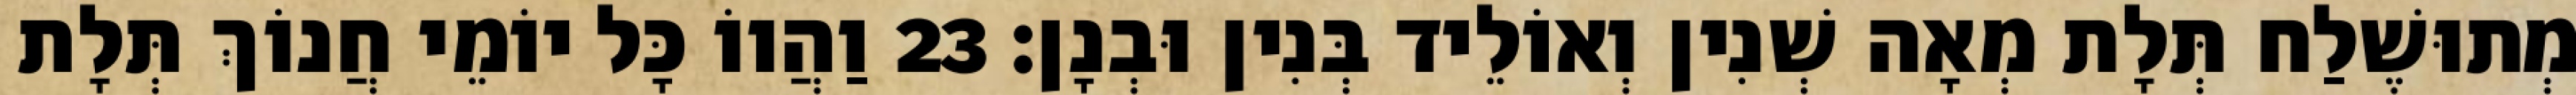
מְתוּשֶׁלַח תְּלָת מְאָה שְׁנִין וְאוֹלֵיד בְּנִין וּבְנָן׃ 23 וַהֲווֹ כָּל יוֹמֵי חֲנוֹךְ תְּלָת